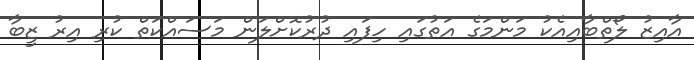
އާއިޒު ލޯތްބާއިއެކު މަންމަގެ އަތުގައި ހިފައި ދުރުކޮށްލަން މަސައްކަތް ކުރި އިރު ޒީބާ